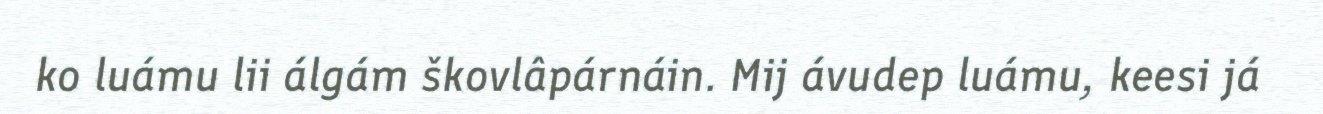
ko luámu lii álgám škovlâpárnáin. Mij ávudep luámu, keesi já